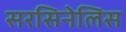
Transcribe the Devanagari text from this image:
सरसिनेलिस